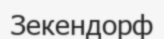
Зекендорф